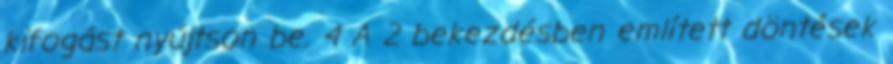
kifogást nyújtson be. 4 A 2 bekezdésben említett döntések